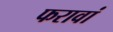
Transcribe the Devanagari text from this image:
फरावां